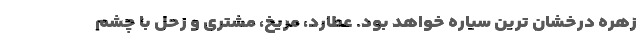
زهره درخشان ترین سیاره خواهد بود. عطارد، مریخ، مشتری و زحل با چشم